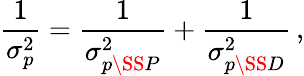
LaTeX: \frac{1}{\sigma_{p}^{2}}=\frac{1}{\sigma_{p\SS P}^{2}}+\frac{1}{\sigma_{p\SS D}^{2}}\, ,